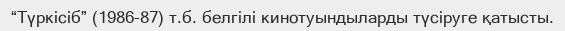
“Түркісіб” (1986-87) т.б. белгілі кинотуындыларды түсіруге қатысты.